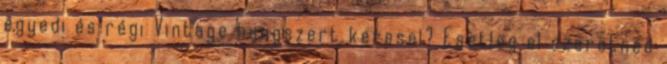
egyedi és régi Vintage hangszert keresel? Esetleg el szeretnéd